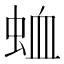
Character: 𮔆